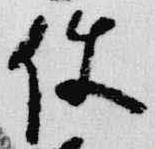
使